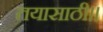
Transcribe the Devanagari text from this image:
तयासाठी।।